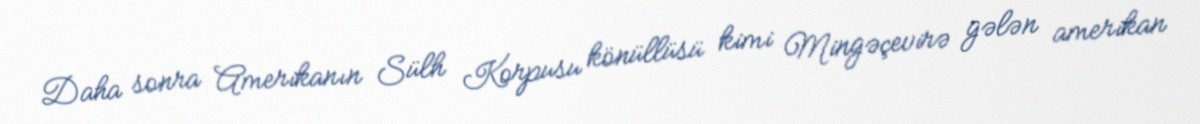
Daha sonra Amerikanın Sülh Korpusu könüllüsü kimi Mingəçevirə gələn amerikan